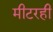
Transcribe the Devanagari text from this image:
मीटरही